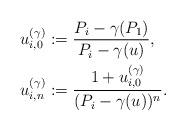
LaTeX: \begin{align*} & u_{i,0}^{(\gamma)}:= \frac{P_i-\gamma(P_1)}{P_i-\gamma(u)}, \\ & u_{i,n}^{(\gamma)}:= \frac{1+ u_{i,0}^{(\gamma)}}{ (P_i - \gamma(u) )^n}. \end{align*}